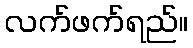
လက်ဖက်ရည်။